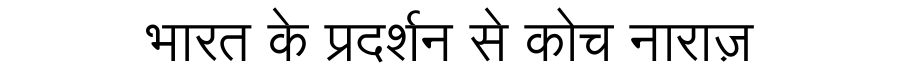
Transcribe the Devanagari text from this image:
भारत के प्रदर्शन से कोच नाराज़